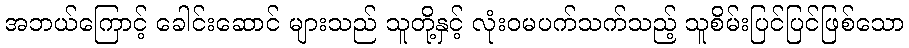
အဘယ်ကြောင့် ခေါင်းဆောင် များသည် သူတို့နှင့် လုံးဝမပက်သက်သည့် သူစိမ်းပြင်ပြင်ဖြစ်သော